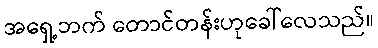
အရှေ့ဘက် တောင်တန်းဟုခေါ်လေသည်။